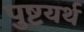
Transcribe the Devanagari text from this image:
पुष्टयर्थ